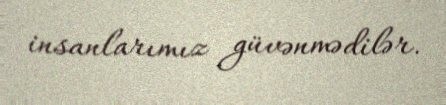
insanlarımız güvənmədilər.